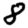
Digit: 8